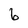
Character: 6